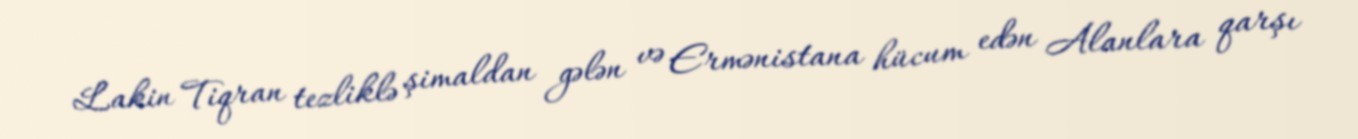
Lakin Tiqran tezliklə şimaldan gələn və Ermənistana hücum edən Alanlara qarşı